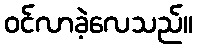
ဝင်လာခဲ့လေသည်။